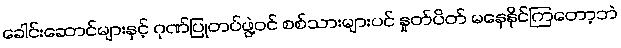
ခေါင်းဆောင်များနှင့် ဂုဏ်ပြုတပ်ဖွဲ့ဝင် စစ်သားများပင် နှုတ်ပိတ် မနေနိုင်ကြတော့ဘဲ